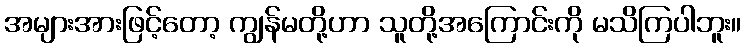
အများအားဖြင့်တော့ ကျွန်မတို့ဟာ သူတို့အကြောင်းကို မသိကြပါဘူး။